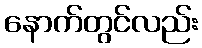
နောက်တွင်လည်း